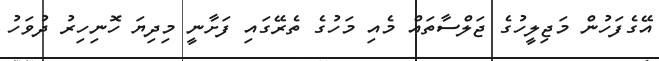
އޭގެފަހުން މަޖިލީހުގެ ޖަލްސާތައް މެއި މަހުގެ ތެރޭގައި ފަށާނީ މިދިޔަ ހޮނިހިރު ދުވަހު